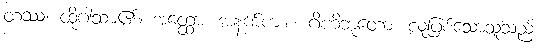
တဿ၊ ထိုဂါထာ၏။ အတ္ထော၊ အနက်ကား။ ဂိဟိဘူတော၊ လူဖြစ်သောသူသည်။